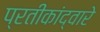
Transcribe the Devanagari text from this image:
प्रतीकांद्वारे